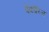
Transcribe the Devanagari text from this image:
पैकोरिज